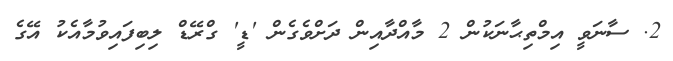
2. ސާނަވީ އިމްތިޙާނަކުން 2 މާއްދާއިން ދަށްވެގެން 'ޑީ' ގްރޭޑް ލިބިފައިވުމާއެކު އޭގެ